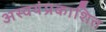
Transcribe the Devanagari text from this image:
अस्वयंप्रकाशित